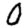
Digit: 0